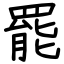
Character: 罷